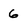
Character: 6